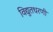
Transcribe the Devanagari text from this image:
विद्युतधरणी